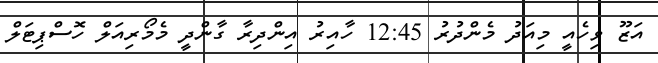
އަޒޫ ވިހެއީ މިއަދު މެންދުރު 12:45 ހާއިރު އިންދިރާ ގާންދީ މެމޯރިއަލް ހޮސްޕިޓަލް